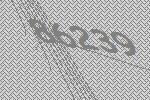
86239